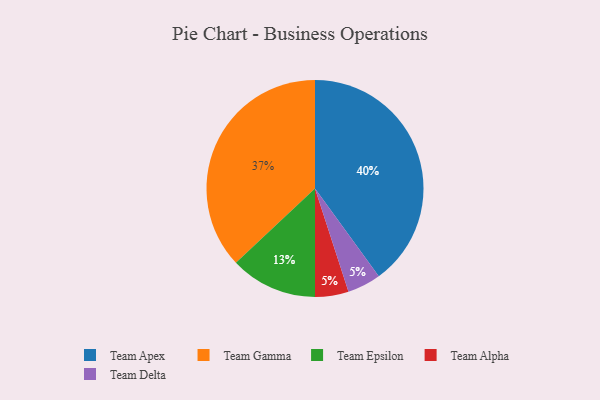
{"axis": {"x": "Category", "y": "Percentage"}, "legend": ["Team Alpha", "Team Apex", "Team Delta", "Team Epsilon", "Team Gamma"], "data": [{"x": "Team Apex", "y": 40, "type": "Team Apex"}, {"x": "Team Epsilon", "y": 13, "type": "Team Epsilon"}, {"x": "Team Gamma", "y": 37, "type": "Team Gamma"}, {"x": "Team Alpha", "y": 5, "type": "Team Alpha"}, {"x": "Team Delta", "y": 5, "type": "Team Delta"}]}